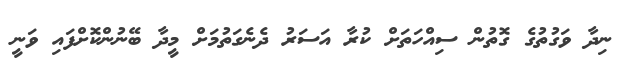
ނިދާ ވަގުތުގެ ގޮތުން ސިއްހަތަށް ކުރާ އަސަރު ދެނެގަތުމަށް މީދާ ބޭނުންކޮށްފައި ވަނީ